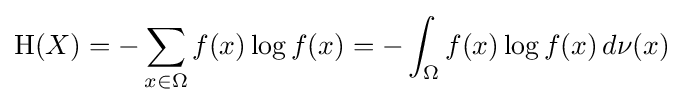
\mathrm {H} (X)=-\sum _{x\in \Omega }f(x)\log f(x)=-\int _{\Omega }f(x)\log f(x)\,d\nu (x)